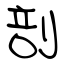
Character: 剖